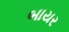
બાયર